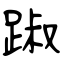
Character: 踧